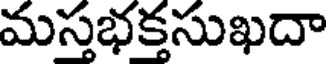
మస్తభక్తసుఖదా